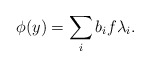
\begin{align*} \phi(y)=\sum_ib_if\lambda_i. \end{align*}